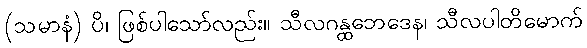
(သမာနံ) ပိ၊ ဖြစ်ပါသော်လည်း။ သီလဂန္ထဘေဒေန၊ သီလပါတိမောက်